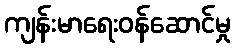
ကျန်းမာရေးဝန်ဆောင်မှု